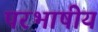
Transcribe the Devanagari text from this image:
परभाषीय